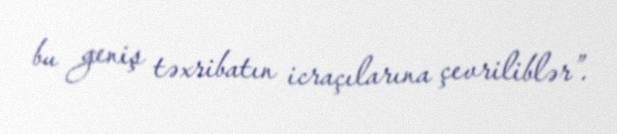
bu geniş təxribatın icraçılarına çevriliblər”.